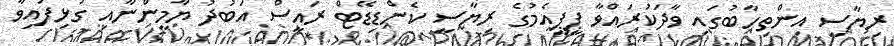
ރިޔާސީ އިންތިހާބުގައި ވާދަކުރައްވާ ޕީޕީއެމުގެ ރިޔާސީ ކެންޑިޑޭޓް ރައީސް އަބުދު ޔާމީންނާއި ގުޅިފައިވާ